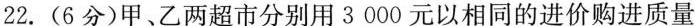
22.(6分)甲、乙两超市分别用3000元以相同的进价购进质量